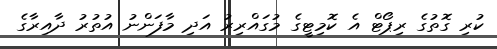
ކުރި ގޮތުގެ ރިޕޯޓް އެ ކޮމިޓީގެ މުގައްރިރު އަދި މާފަންނު އުތުރު ދާއިރާގެ